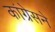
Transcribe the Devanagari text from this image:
कांग्रेसने